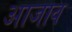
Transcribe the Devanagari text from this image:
आजाव